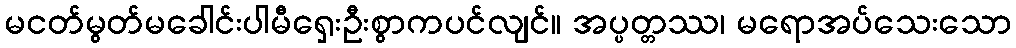
မငတ်မွတ်မခေါင်းပါမီရှေးဦးစွာကပင်လျင်။ အပ္ပတ္တဿ၊ မရောအပ်သေးသော